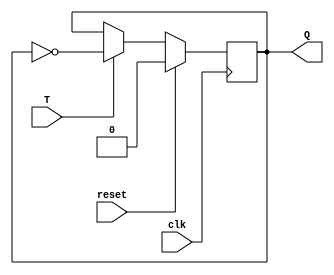
module tff(T, clk, Q, reset);
input T, clk, reset;
output Q;
reg Q;
always @(posedge clk)
begin
	if (reset)
		Q = 0;
	else begin
		if(T)
			Q = ~Q;
		else
			Q = Q;	
	end
end
endmodule

module a_counter_3(T, Q, clk, reset);
input [2:0] T;
input clk, reset;
output [2:0] Q;
tff i1(T[0], clk, Q[0], reset);
tff i2(T[1], ~Q[0], Q[1], reset);
tff i3(T[2], ~Q[1], Q[2], reset);
endmodule

module a_counter_3_tb;
reg [2:0] T;
reg clk, reset;
wire [2:0] Q;
a_counter_3 i1(T, Q, clk, reset);
always #5 clk = ~clk;
initial
begin
	T = 3'b000; reset = 1'b1; clk = 1'b0;
	$monitor("Time=%f, T=%3b, clk=%b, Q=%3b reset=%b", $time, T, clk, Q, reset);
	#10 reset=1'b0;
	#10 T=3'b111;
	#80 $finish;
end
endmodule